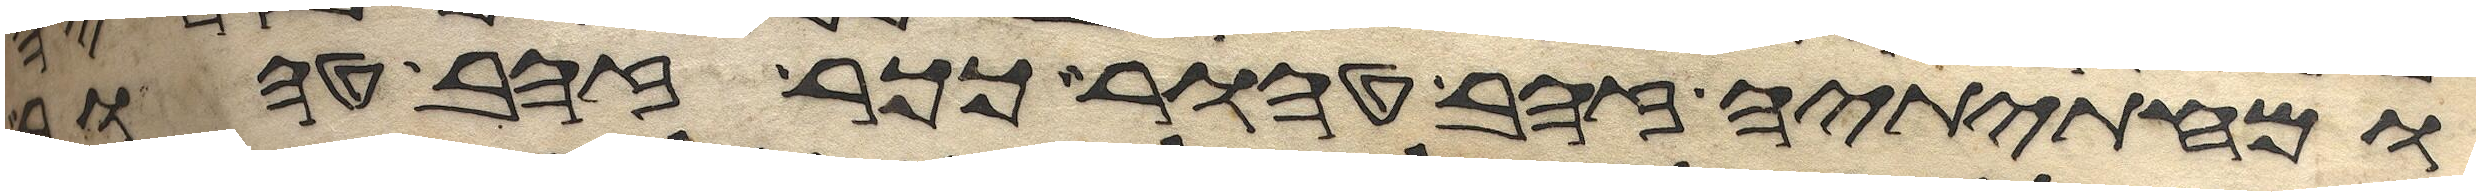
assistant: ומחתיתיה זהב טהור ככר זהב טהור